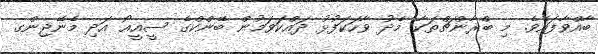
ބާއްވާފައެވެ. މި ބްރާންޗްތަކާ މެދު ވާހަކަފުޅު ދައްކަވަމުން ބޭންކްގެ ސީއީއޯ އަދި މެނޭޖިންގ